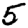
Digit: 5